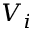
V _ { i }